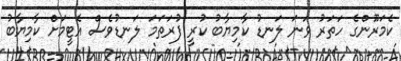
ކެމަރޫންގެ ހަތަރު ވަނަ ލަނޑު ކާމިޔާބު ކުރީ ފުރަތަމަ ލަނޑުވެސް އެޓީމަށް ކާމިޔާބު